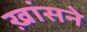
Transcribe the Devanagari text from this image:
ख़ांसने